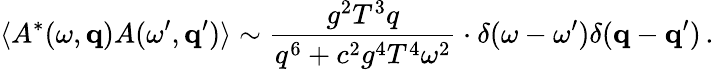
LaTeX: \langle A^{*}(\omega,{\mathbf q})A(\omega^{\prime},{\mathbf q}^{\prime})\rangle\sim{\frac{g^{2}T^{3}q}{q^{6}+c^{2}g^{4}T^{4}\omega^{2}}}\cdot\delta(\omega-\omega^{\prime})\delta({\mathbf q}-{\mathbf q}^{\prime})\, .